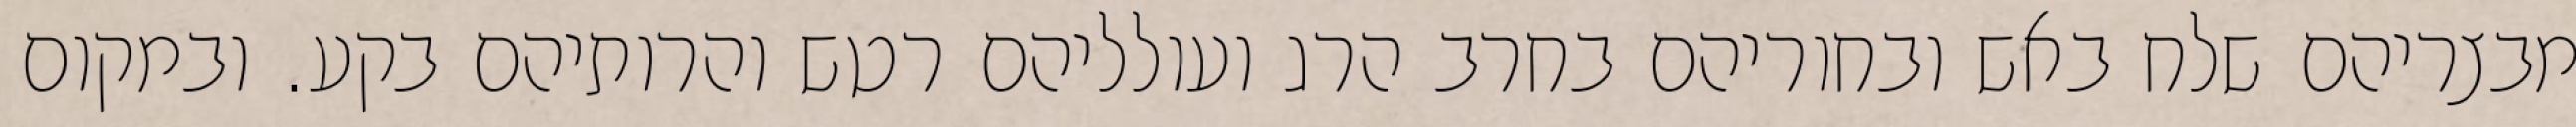
מבצריהם שלח באש ובחוריהם בחרב הרג ועולליהם רטש והרותיהם בקע. ובמקום